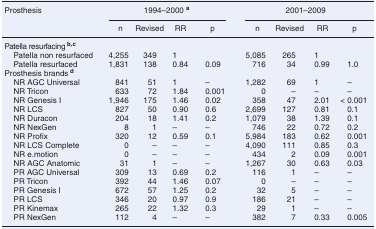
<table><thead><tr><td rowspan="2"><b>Prosthesis</b></td><td colspan="4"><b>1994–2000 <sup>a</sup></b></td><td colspan="4"><b>2001–2009</b></td></tr><tr><td><b>n</b></td><td><b>Revised</b></td><td><b>RR</b></td><td><b>p</b></td><td><b>n</b></td><td><b>Revised</b></td><td><b>RR</b></td><td><b>p</b></td></tr></thead><tbody><tr><td colspan="9">Patella resurfacing <b><sup>b,c</sup></b></td></tr><tr><td> Patella non resurfaced</td><td>4,255</td><td>349</td><td>1</td><td></td><td>5,085</td><td>265</td><td>1</td><td></td></tr><tr><td> Patella resurfaced</td><td>1,831</td><td>138</td><td>0.84</td><td>0.09</td><td>716</td><td>34</td><td>0.99</td><td>1.0</td></tr><tr><td>Prosthesis brands <b><sup>d</sup></b></td><td></td><td></td><td></td><td></td><td></td><td></td><td></td><td></td></tr><tr><td> NR AGC Universal</td><td>841</td><td>51</td><td>1</td><td>–</td><td>1,282</td><td>69</td><td>1</td><td>–</td></tr><tr><td> NR Tricon</td><td>633</td><td>72</td><td>1.84</td><td>0.001</td><td>0</td><td>–</td><td>–</td><td>–</td></tr><tr><td> NR Genesis I</td><td>1,946</td><td>175</td><td>1.46</td><td>0.02</td><td>358</td><td>47</td><td>2.01</td><td>&lt; 0.001</td></tr><tr><td> NR LCS</td><td>827</td><td>50</td><td>0.90</td><td>0.6</td><td>2,699</td><td>127</td><td>0.81</td><td>0.1</td></tr><tr><td> NR Duracon</td><td>204</td><td>18</td><td>1.41</td><td>0.2</td><td>1,079</td><td>38</td><td>1.39</td><td>0.1</td></tr><tr><td> NR NexGen</td><td>8</td><td>1</td><td>–</td><td>–</td><td>746</td><td>22</td><td>0.72</td><td>0.2</td></tr><tr><td> NR Profix</td><td>320</td><td>12</td><td>0.59</td><td>0.1</td><td>5,984</td><td>183</td><td>0.62</td><td>0.001</td></tr><tr><td> NR LCS Complete</td><td>0</td><td>–</td><td>–</td><td>–</td><td>4,090</td><td>111</td><td>0.85</td><td>0.3</td></tr><tr><td> NR e.motion</td><td>0</td><td>–</td><td>–</td><td>–</td><td>434</td><td>2</td><td>0.09</td><td>0.001</td></tr><tr><td> NR AGC Anatomic</td><td>31</td><td>1</td><td>–</td><td>–</td><td>1,267</td><td>30</td><td>0.63</td><td>0.03</td></tr><tr><td> PR AGC Universal</td><td>309</td><td>13</td><td>0.69</td><td>0.2</td><td>116</td><td>1</td><td>–</td><td>–</td></tr><tr><td> PR Tricon</td><td>392</td><td>44</td><td>1.46</td><td>0.07</td><td>0</td><td>–</td><td>–</td><td>–</td></tr><tr><td> PR Genesis I</td><td>672</td><td>57</td><td>1.25</td><td>0.2</td><td>32</td><td>5</td><td>–</td><td>–</td></tr><tr><td> PR LCS</td><td>346</td><td>20</td><td>0.97</td><td>0.9</td><td>186</td><td>21</td><td>–</td><td>–</td></tr><tr><td> PR Kinemax</td><td>265</td><td>22</td><td>1.32</td><td>0.3</td><td>29</td><td>1</td><td>–</td><td>–</td></tr><tr><td> PR NexGen</td><td>112</td><td>4</td><td>–</td><td>–</td><td>382</td><td>7</td><td>0.33</td><td>0.005</td></tr></tbody></table>